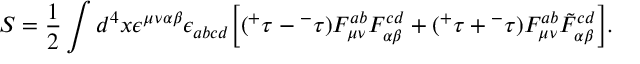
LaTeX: S = \frac { 1 } { 2 } \int d ^ { 4 } x \epsilon ^ { \mu \nu \alpha \beta } \epsilon _ { a b c d } \bigg [ ( { ^ + } \tau - { ^ - } \tau ) F _ { \mu \nu } ^ { a b } F _ { \alpha \beta } ^ { c d } + ( { ^ + } \tau + { ^ - } \tau ) F _ { \mu \nu } ^ { a b } \tilde { F } _ { \alpha \beta } ^ { c d } \bigg ] .